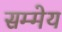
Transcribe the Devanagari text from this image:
सम्मेय